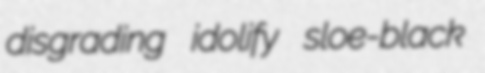
disgrading idolify sloe-black